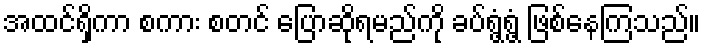
အထင်ရှိကာ စကား စတင် ပြောဆိုရမည်ကို ခပ်ရွံ့ရွံ့ ဖြစ်နေကြသည်။